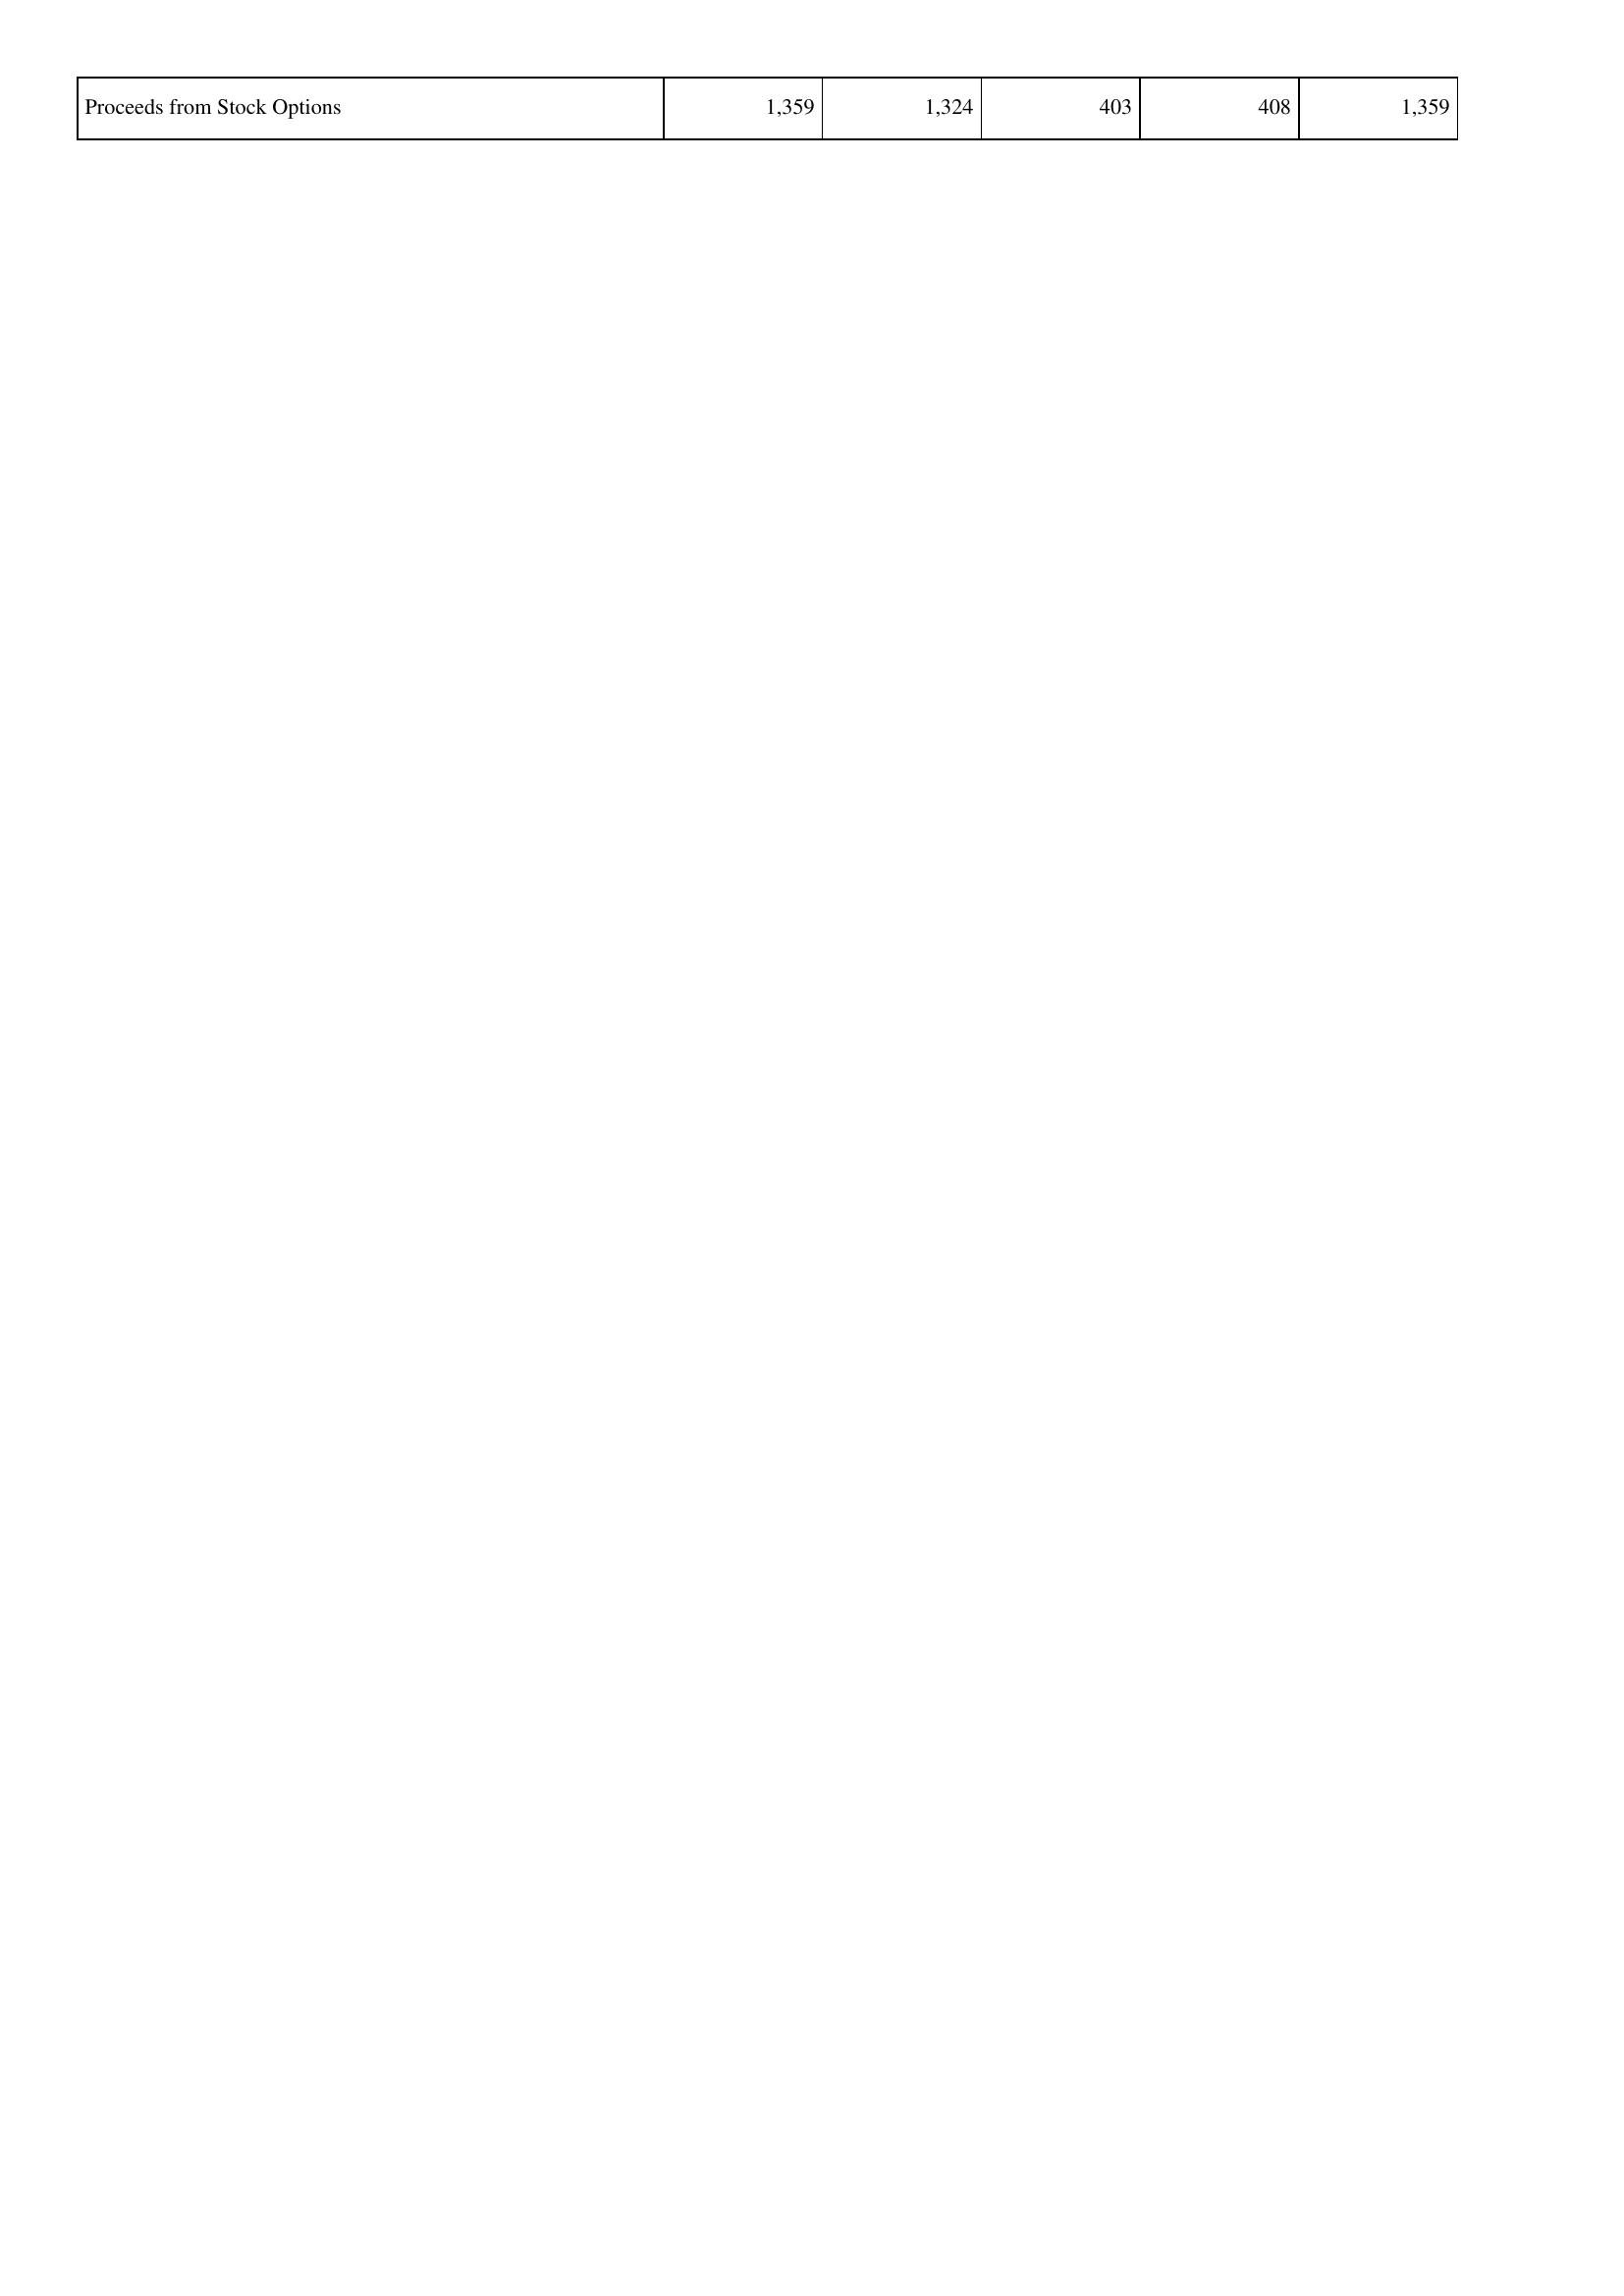
2026: Financing Activities: Proceeds from Stock Options: 1,359
2025: Financing Activities: Proceeds from Stock Options: 1,324
2024: Financing Activities: Proceeds from Stock Options: 403
2023: Financing Activities: Proceeds from Stock Options: 408
2022: Financing Activities: Proceeds from Stock Options: 1,359